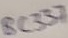
Text: BC337